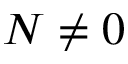
N \neq 0